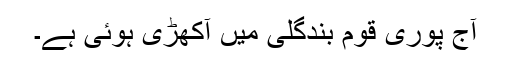
آج پوری قوم بندگلی میں آکھڑی ہوئی ہے۔